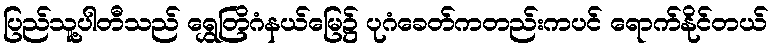
ပြည်သူ့ပါတီသည် ရွှေတြိဂံနယ်မြေ၌ ပုဂံခေတ်ကတည်းကပင် ရောက်နိုင်တယ်